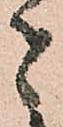
者